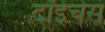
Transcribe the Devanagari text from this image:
दॉईचेस